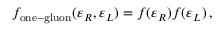
f _ { \mathrm { o n e - g l u o n } } ( \varepsilon _ { R } , \varepsilon _ { L } ) = f ( \varepsilon _ { R } ) f ( \varepsilon _ { L } ) \, ,